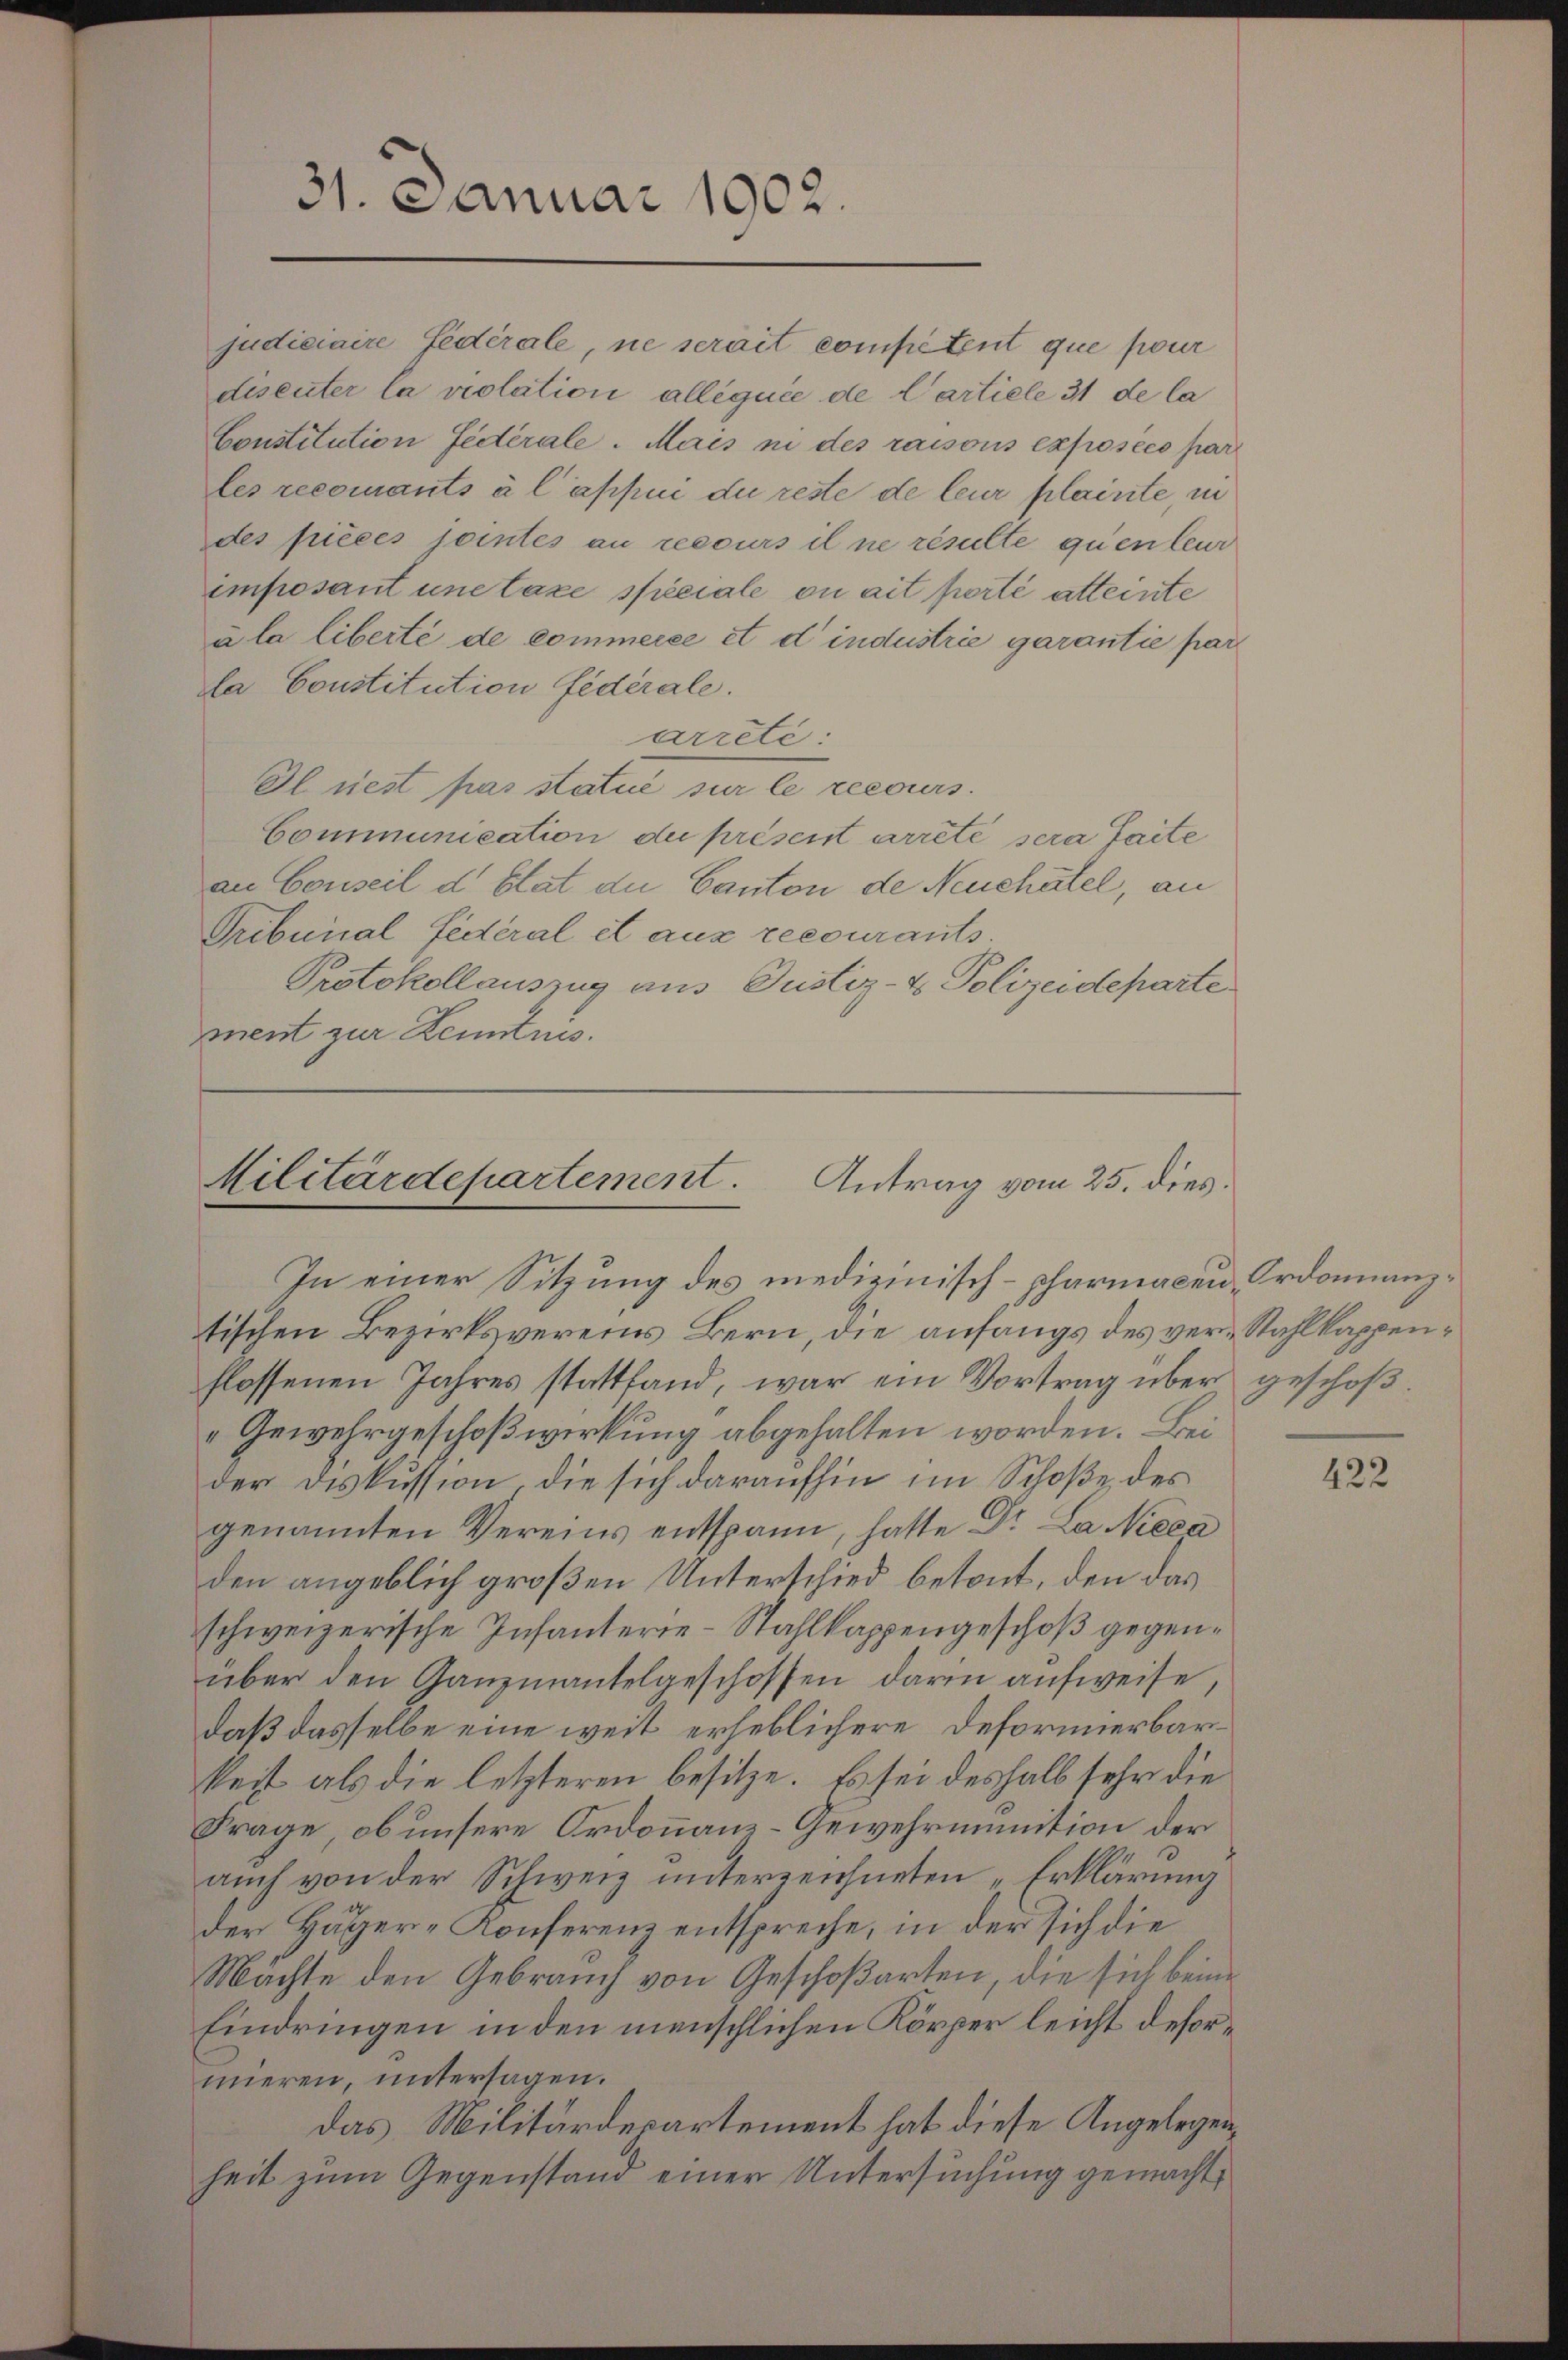
31. Januar 1902.

Constitution fédérale. Mais ni des raisons exposées par
les recomants à l’appui die reste de leur plainte, in
des pièces jointes an recours il ne résulte quenteur
imposant une taxe speciale on ait porté atteinte
à la liberté de commercée et d’industrie garantie par
la Constitution fédérale.
arreti
Il rest pas statué sur le recours.
Communication de présent arrêté sera faite
an Conseil d’Etat die Canton de Neuchâtel, an
Tribunal feiteral et aus recourants.
Protokollauszug aus Justiz- & Polizeideparte
ment zur Kenntnis.

judiciaire fédérale, ne serait competent que pour
disenter la violation alléguée de Cartiele 31 de la

Militärdepartement. Antrag vom 25. dies
In einer Sitzung des medizinisch-pharmacen Ordonnanz¬

tischen Bezirksvereins Bern, die anfangs des ver-Stahlkappenflossenen Jahres stattfand, war ein Vortrag über geschoβ-
„Gewehrgeschoßwirkung abgehalten worden. Bei
der Diskussion, die sich daraufhin im Schoße des
genannten Vereins entspann, hatte Dr. La Nieca
den angeblich großen Unterschied betont, den das
schweizerische Infanterie-Stahlkappengeschoß gegenüber den Ganzmantelgeschossen darin aufweise,
daß dasselbe eine weit erheblichere Deformierbarkeit als die letzteren besitze. Es sei deshalb sehr die
Frage, ob unsere Ordonnanz-Gewehrmunition der
auch von der Schweiz unterzeichneten „Erklärung
der Häger-Konferenz entspreche, in der sich die
Machte den Gebrauch von Geschoßarten, die sich beim
Eindringen in den menschlichen Körper leicht desormieren, untersagen.
das Militärdepartement hat diese Angelegenheit zum Gegenstand einer Untersuchung gemacht,

422